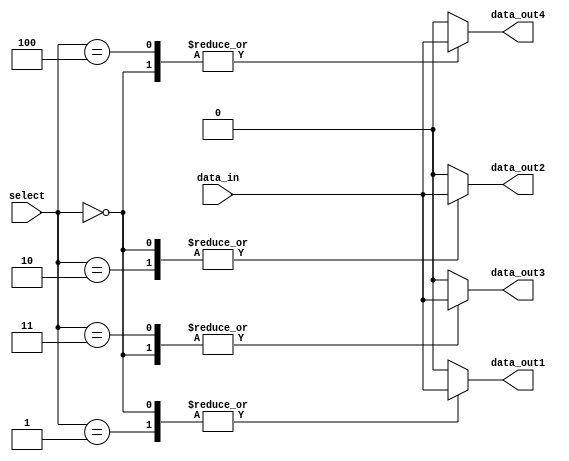
module demux_1to4 (
    input wire data_in,
    input wire [2:0] select,
    output reg data_out1,
    output reg data_out2,
    output reg data_out3,
    output reg data_out4
);

always @(*)
begin
    case (select)
        3'b000: begin
            data_out1 = data_in;
            data_out2 = data_in;
            data_out3 = data_in;
            data_out4 = data_in;
        end
        3'b001: begin
            data_out1 = data_in;
            data_out2 = 1'b0;
            data_out3 = 1'b0;
            data_out4 = 1'b0;
        end
        3'b010: begin
            data_out1 = 1'b0;
            data_out2 = data_in;
            data_out3 = 1'b0;
            data_out4 = 1'b0;
        end
        3'b011: begin
            data_out1 = 1'b0;
            data_out2 = 1'b0;
            data_out3 = data_in;
            data_out4 = 1'b0;
        end 
        3'b100: begin
            data_out1 = 1'b0;
            data_out2 = 1'b0;
            data_out3 = 1'b0;
            data_out4 = data_in;
        end
        default: begin
            data_out1 = 1'b0;
            data_out2 = 1'b0;
            data_out3 = 1'b0;
            data_out4 = 1'b0;
        end
    endcase
end

endmodule